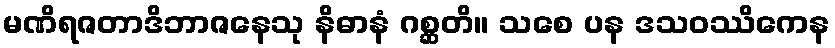
မဏိရဇတာဒိဘာဇနေသု နိဓာနံ ဂစ္ဆတိ။ သစေ ပန ဒသဝဿိကေန